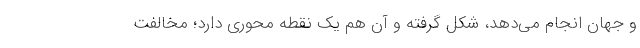
و جهان انجام می‌دهد، شکل گرفته و آن هم یک نقطه محوری دارد؛ مخالفت